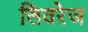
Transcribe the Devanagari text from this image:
लिवरेज